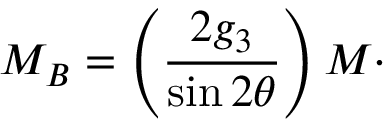
M _ { B } = \left( \frac { 2 g _ { 3 } } { \sin 2 \theta } \right) M \cdot